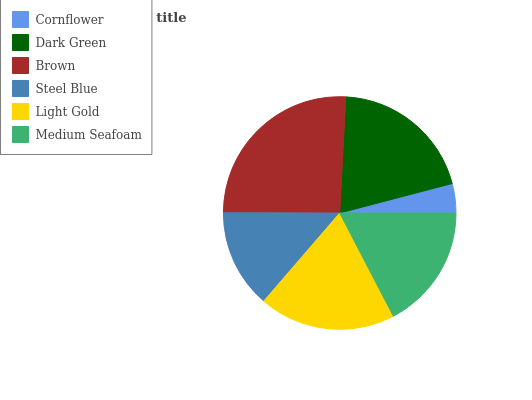
| Cornflower | Dark Green | Brown | Steel Blue | Light Gold | Medium Seafoam |
 | --- | --- | --- | --- | --- | --- |
 | 4.08% | 20.1% | 25.8% | 13.7% | 19% | 17.4% |